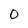
Character: 0